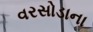
વરસોડાના